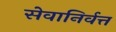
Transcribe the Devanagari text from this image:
सेवानिर्वत्त